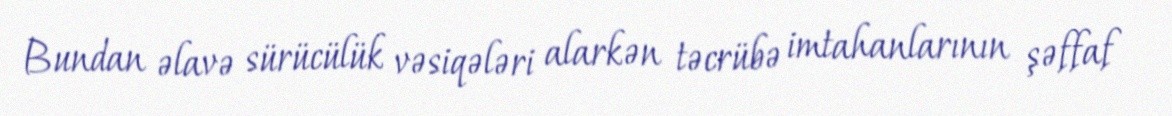
Bundan əlavə sürücülük vəsiqələri alarkən təcrübə imtahanlarının şəffaf